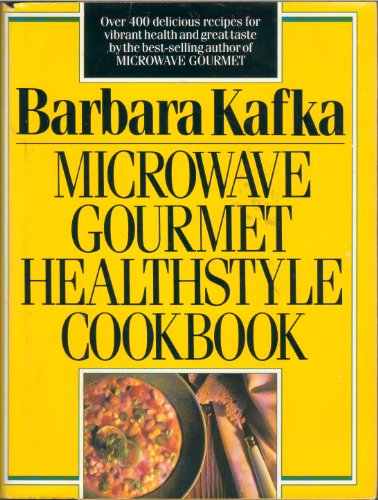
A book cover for Microwave Gourmet Healthstyle Cookbook; Barbara Kafka; Cookbooks, Food & Wine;